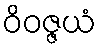
ဝိဝဇ္ဇယံ